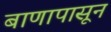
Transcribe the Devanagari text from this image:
बाणापासून